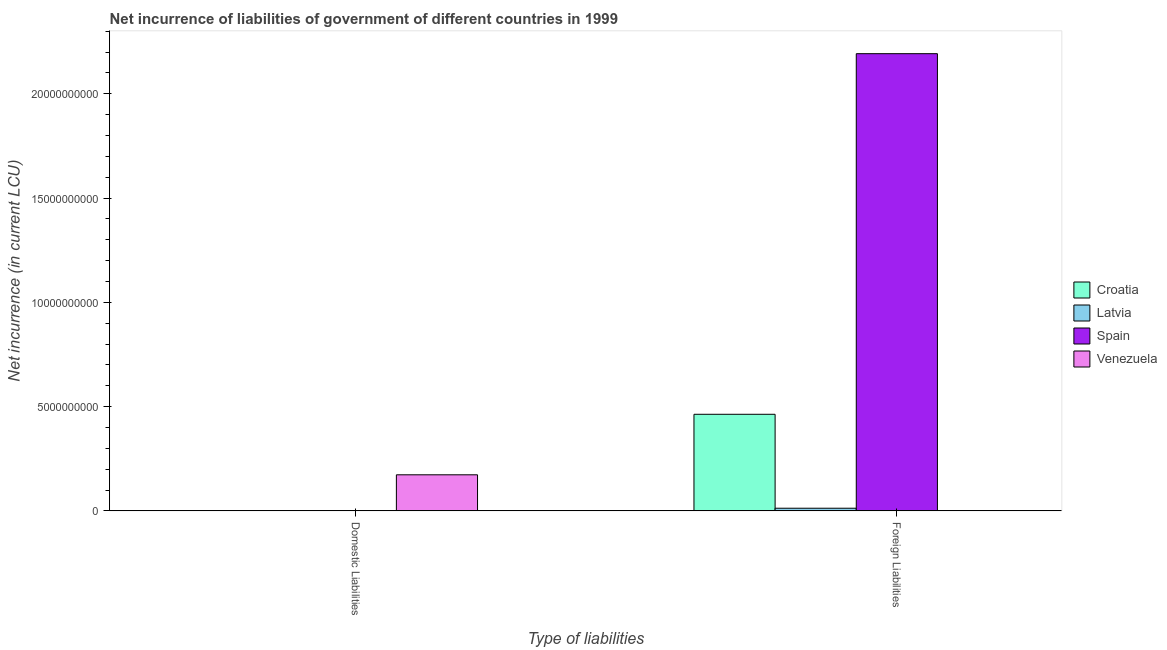
| Type of liabilities | Croatia | Latvia | Spain | Venezuela |
 | --- | --- | --- | --- | --- |
 | Domestic Liabilities | -1.83e+09 | -2.01e+06 | -8.8e+09 | 1.73e+09 |
 | Foreign Liabilities | 4.63e+09 | 1.27e+08 | 2.19e+10 | -6.24e+08 |